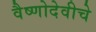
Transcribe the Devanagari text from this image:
वैष्णोदेवीचे